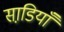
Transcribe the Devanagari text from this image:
साडि़याँ